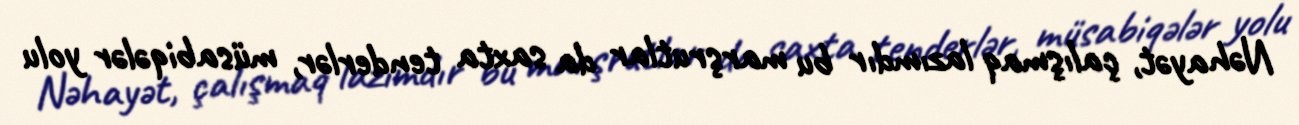
Nəhayət, çalışmaq lazımdır bu marşrutlar da saxta tenderlər, müsabiqələr yolu